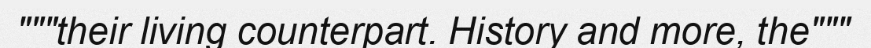
"""their living counterpart. History and more, the"""